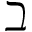
\beth